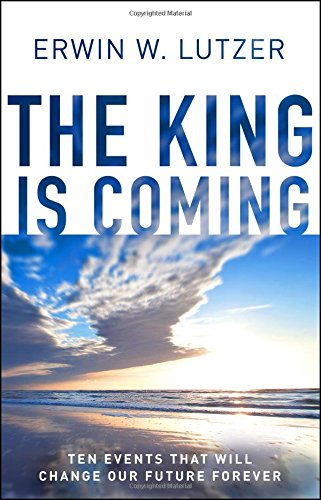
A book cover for The King is Coming: Ten Events That Will Change Our Future Forever; Erwin W. Lutzer; Christian Books & Bibles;